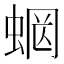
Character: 𧍑